Insane asylums in Bengal annual reports 1876-1887 - 1876-1887
Year: 1876
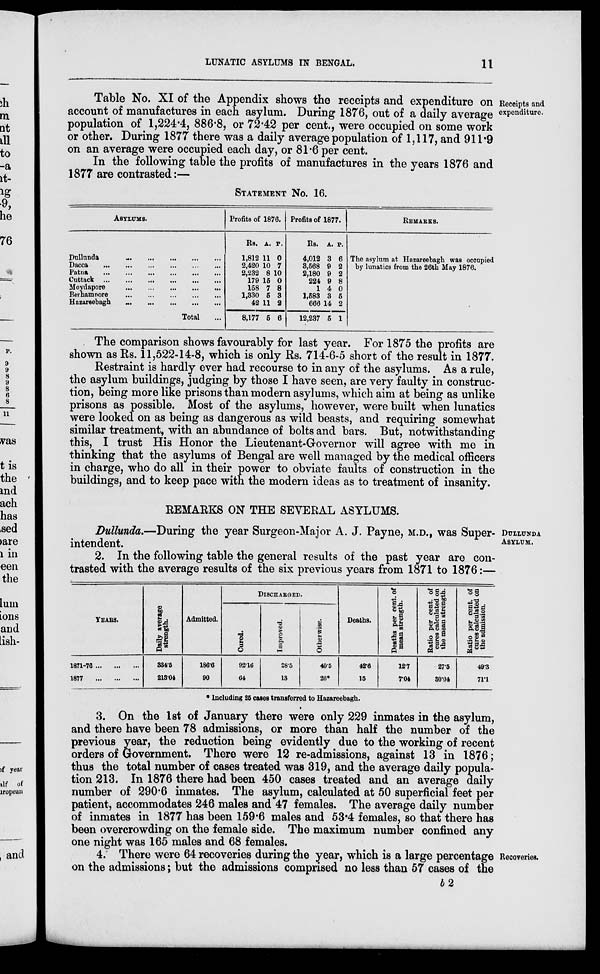
LUNATIC ASYLUMS IN BENGAL.
11
Receipts and
expenditure.
Table No. XI of the Appendix shows the receipts and expenditure on
account of manufactures in each asylum. During 1876, out of a daily average
population of 1,224.4, 886.8, or 72.42 per cent., were occupied on some work
or other. During 1877 there was a daily average population of 1,117, and 911.9
on an average were occupied each day, or 81.6 per cent.
In the following table the profits of manufactures in the years 1876 and
1877 are contrasted:—
STATEMENT No. 16.
ASYLUMS.
Dullnnda ... ... ... ... ...
Dacca
...
...
...
...
...
...
Patna
...
...
...
...
...
...
Cuttack
...
...
...
...
...
...
Moydapore
...
...
...
...
...
Berhampore
...
...
...
...
...
Hazareebagh
...
...
...
...
...
Total ...
Profits of 1876.
Rs.
1,812
2,420
2,232
179
158
1,330
42
8,177
A.
11
10
8
15
7
5
11
5
P.
0
7
10
0
8
3
2
6
Profits of 1877.
Rs.
4,012
3,568
2,180
224
1
1,583
666
12,237
A.
3
9
9
9
4
3
14
5
P.
6
2
2
8
0
5
2
1
REMARKS.
The asylum at Hazareebagh was occupied
by lunatics from the 26th May 1876.
The comparison shows favourably for last year. For 1875 the profits are
shown as Rs. 11,522-14-8, which is only Rs. 714-6-5 short of the result in 1877.
Restraint is hardly ever had recourse to in any of the asylums. As a rule,
the asylum buildings, judging by those I have seen, are very faulty in construc-
tion, being more like prisons than modern asylums, which aim at being as unlike
prisons as possible. Most of the asylums, however, were built when lunatics
were looked on as being as dangerous as wild beasts, and requiring somewhat
similar treatment, with an abundance of bolts and bars. But, notwithstanding
this, I trust His Honor the Lieutenant-Governor will agree with me in
thinking that the asylums of Bengal are well managed by the medical officers
in charge, who do all in their power to obviate faults of construction in the
buildings, and to keep pace with the modern ideas as to treatment of insanity.
REMARKS ON THE SEVERAL ASYLUMS.
DUILLUDA
ASYLUM.
Dullunda.—During the year Surgeon-Major A. J. Payne, M.D., was Super-
intendent.
2. In the following table the general results of the past year are con-
trasted with the average results of the six previous years from 1871 to 1876:—
DISCHARGED.
YEARS.
1871-76 ... ... ...
1877
...
...
...
Daily average
strength.
334.5
213.04
Admitted.
186.6
90
Cured.
92.16
64
Improved.
28.5
13
Otherwise.
40.5
26*
Deaths.
42.6
15
Deaths per cent. of
mean strength.
12.7
7.04
Ratio per cent. of
cures calculated on
the mean strength.
27.5
30.04
Ratio per cent. of
cures calculated on
the admission.
49.3
71.1
* Including 25 cases transferred to Hazareebagh.
3. On the 1st of January there were only 229 inmates in the asylum,
and there have been 78 admissions, or more than half the number of the
previous year, the reduction being evidently due to the working of recent
orders of Government. There were 12 re-admissions, against 13 in 1876;
thus the total number of cases treated was 319, and the average daily popula-
tion 213. In 1876 there had been 450 cases treated and an average daily
number of 290.6 inmates. The asylum, calculated at 50 superficial feet per
patient, accommodates 246 males and 47 females. The average daily number
of inmates in 1877 has been 159.6 males and 53.4 females, so that there has
been overcrowding on the female side. The maximum number confined any
one night was 165 males and 68 females.
Recoveries.
4. There were 64 recoveries during the year, which is a large percentage
on the admissions; but the admissions comprised no less than 57 cases of the
b 2